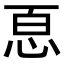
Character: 𢙯